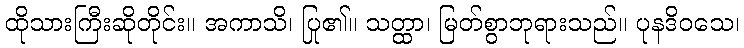
ထိုသားကြီးဆိုတိုင်း။ အကာသိ၊ ပြု၏။ သတ္ထာ၊ မြတ်စွာဘုရားသည်။ ပုနဒိဝသေ၊